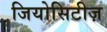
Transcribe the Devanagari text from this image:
जियोसिटीज़